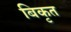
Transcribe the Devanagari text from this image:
बिकृत